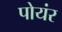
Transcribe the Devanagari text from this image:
पोयंर